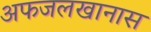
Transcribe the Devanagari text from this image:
अफजलखानास